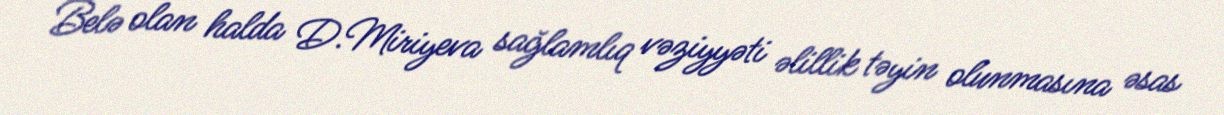
Belə olan halda D.Miriyeva sağlamlıq vəziyyəti əlillik təyin olunmasına əsas